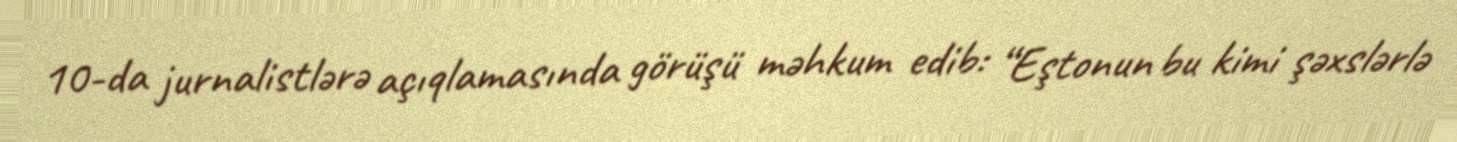
10-da jurnalistlərə açıqlamasında görüşü məhkum edib: “Eştonun bu kimi şəxslərlə